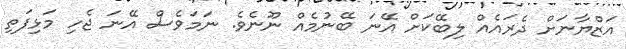
އަޒްޔާނަށް ދެރައެއް ލިބޭކަށް އޭނަ ބޭނުމެއް ނޫނެވެ. ނަމަވެސް އޭނަ ޖެހި މަޅިފަތި